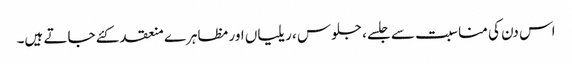
اس دن کی مناسبت سے جلسے، جلوس ، ریلیاں اور مظاہرے منعقد کئے جاتے ہیں۔